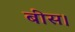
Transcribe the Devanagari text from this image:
बीस।